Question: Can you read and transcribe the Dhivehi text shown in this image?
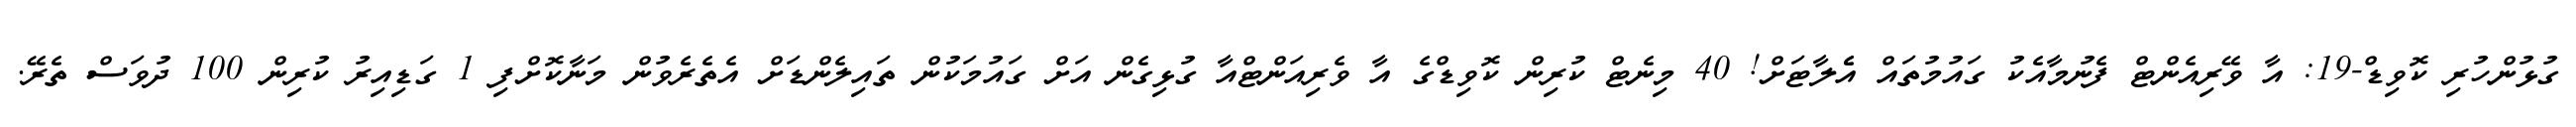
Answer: ގުޅުންހުރި ކޮވިޑް-19: އާ ވޭރިއެންޓް ފެނުމާއެކު ގައުމުތައް އެެލާޓަށް! 40 މިނެޓް ކުރިން ކޮވިޑްގެ އާ ވެރިއަންޓްއާ ގުޅިގެން އަށް ގައުމަކުން ތައިލެންޑަށް އެތެރެވުން މަނާކޮށްފި 1 ގަޑިއިރު ކުރިން 100 ދުވަސް ތެރޭ.